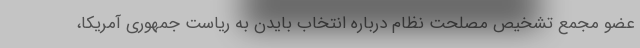
عضو مجمع تشخیص مصلحت نظام درباره انتخاب بایدن به ریاست جمهوری آمریکا،